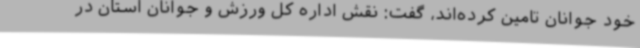
خود جوانان تامین کرده‌اند، گفت: نقش اداره کل ورزش و جوانان استان در